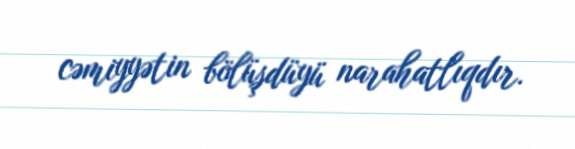
cəmiyyətin bölüşdüyü narahatlıqdır.